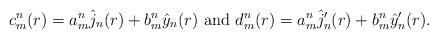
LaTeX: \begin{align*}c^n_m(r) = a^n_m \hat j_{n}(r) + b^n_m \hat y_{n}(r) \mbox{ and } d^n_m(r) = a^n_m \hat j_{n}'(r) + b^n_m \hat y_{n} ' (r). \end{align*}